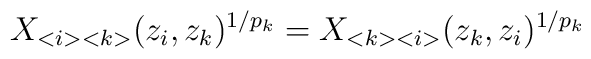
X_{<i><k>}(z_{i},z_{k})^{1/p_{k}}=X_{<k><i>}(z_{k},z_{i})^{1/p_{k}}